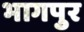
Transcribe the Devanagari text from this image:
भागपुर